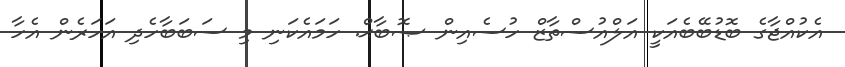
އެކުއްޖާގެ ބޮޑުބޭބެއަކީ އަލްއުސްތާޒް ހުސެއިން ޞޮބާޙް. ހަމައެކަނި މި ސަބަބާހެދި އަހަރެން އެހާ